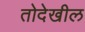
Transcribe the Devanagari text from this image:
तोदेखील